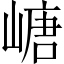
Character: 嵣